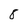
Character: 8